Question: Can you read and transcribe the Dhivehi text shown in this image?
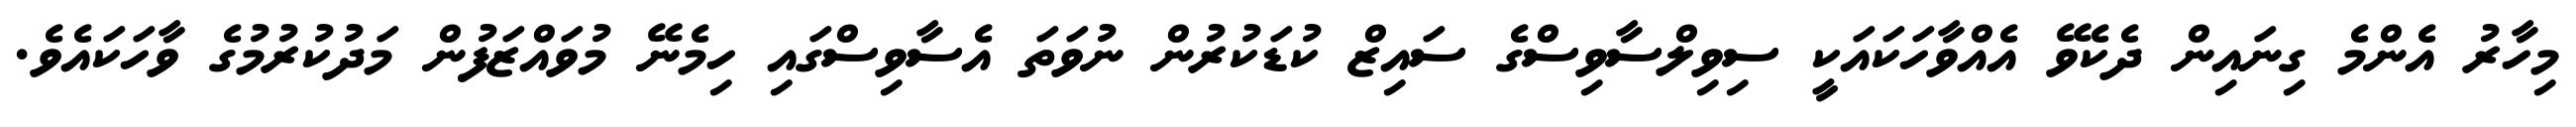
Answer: މިހާރު އެންމެ ގިނައިން ދެކެވޭ އެއްވާހަކައަކީ ސިވިލްސާވިސްގެ ސައިޒް ކުޑަކުރުން ނުވަތަ އެސާވިސްގައި ހިމެނޭ މުވައްޒަފުން މަދުކުރުމުގެ ވާހަކައެވެ.